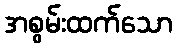
အစွမ်းထက်သော